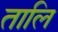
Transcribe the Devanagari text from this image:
तालि